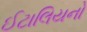
ઈટાલિયનો